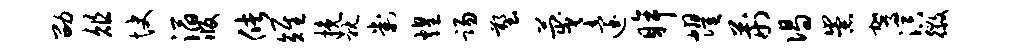
劭俎快滔版储雉挽耽判煌踢塑蔑迨眸耀荆偈崇驾溟徽